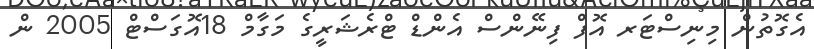
އެގޮތުން މިނިސްޓަރ އޮފް ފިނޭންސް އެންޑް ޓްރެޝަރީގެ މަގާމް 18އޮގަސްޓް 2005 ން